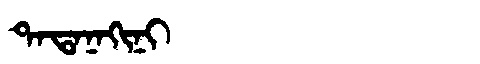
Manchu: ᡨᠠᡨᠠᠨᠠᡴᡳᠨᡳ
Romanization: TATANAKINI